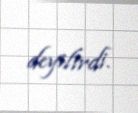
deyilirdi.